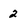
Character: 2